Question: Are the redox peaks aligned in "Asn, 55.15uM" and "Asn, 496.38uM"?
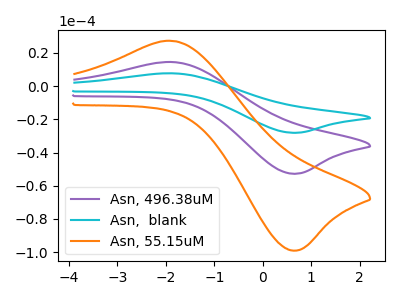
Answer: <think>The purple curve "Asn, 496.38uM" has an anodic peak at (-1.85V, 14.50uA) and a cathodic peak at (0.70V, -52.75uA). The cyan curve "Asn,  blank" has an anodic peak at (-1.85V, 29.00uA) and a cathodic peak at (0.70V, -105.50uA). The orange curve "Asn, 55.15uM" has an anodic peak at (-1.85V, 27.20uA) and a cathodic peak at (0.70V, -99.05uA).</think>
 <answer>Yes, "Asn, 55.15uM" have a peak in "Asn, 496.38uM" at the same potential.</answer>
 <eval>match</eval>